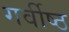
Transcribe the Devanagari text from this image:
गर्वीष्ठ